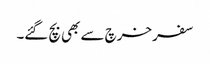
سفر خرچ سے بھی بچ گئے۔